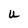
Character: U